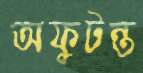
অফুটন্ত